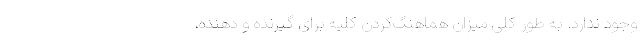
وجود ندارد. به طور کلی میزان هماهنگ‌کردن کلیه برای گیرنده و دهنده،